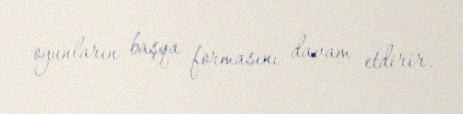
oyunların başqa formasını davam etdirir.